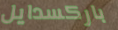
باركسدايل